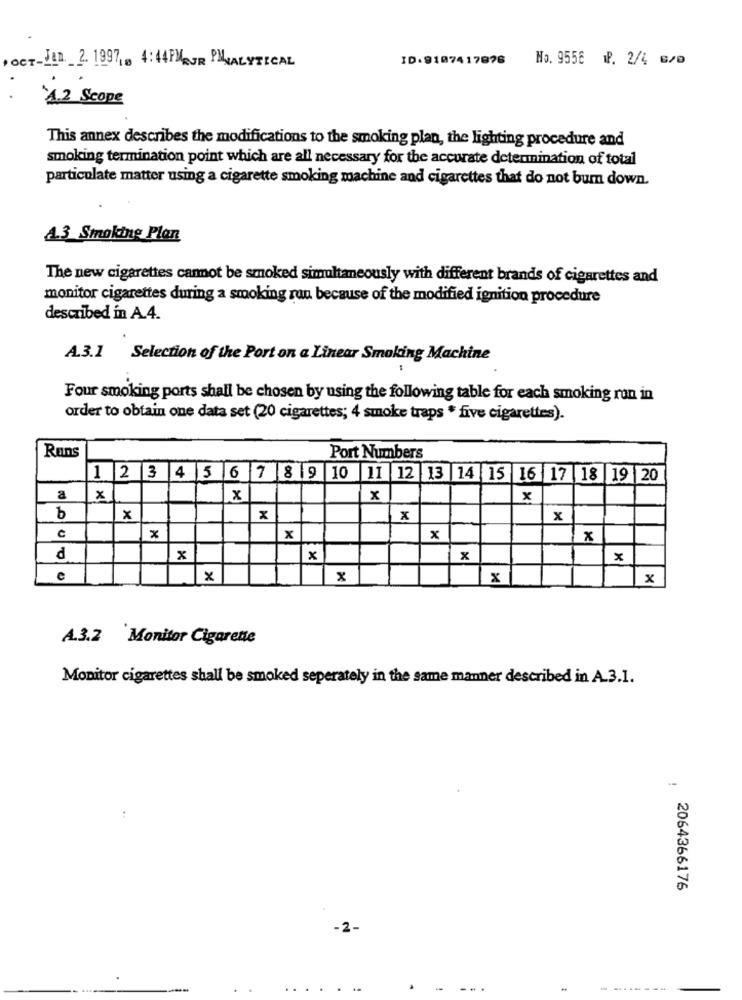
OCT-Jan. 2. 1997, 4:44 PMEUR PANALYTICAL
ID:9107417876
No. 9556 1P. 2/4 6/0
4.2 Scope
This annex describes the modifications to the smoking plan, the lighting procedure and
smoking termination point which are all necessary for the accurate determination of total
particulate matter using a cigarette smoking machine and cigarettes that do not bum down.
A.3 Smoking Plan
The new cigarettes cannot be smoked simultaneously with different brands of cigarettes and
monitor cigarettes during a smoking rou because of the modified ignition procedure
described in A.4.
A.3.1 Selection of the Port on a Linear Smoking Machine
Four smoking ports shall be chosen by using the following table for each smoking ron in
order to obtain one data set (20 cigarettes; 4 smoke traps * five cigarettes).
Runs
Port Numbers
1 2 3 4 5 6 7 8 9 10 11 12 13 14 15 16 17 18 19 20
a
x
x
x
x
b
x
x
X
x
e
x
x
x
d
x
x
x
x
x
x
x
x
A.3.2 Monitor Cigarette
Monitor cigarettes shall be smoked seperately in the same manner described in A.3.1.
1
2064366176
-2-
....
......
-